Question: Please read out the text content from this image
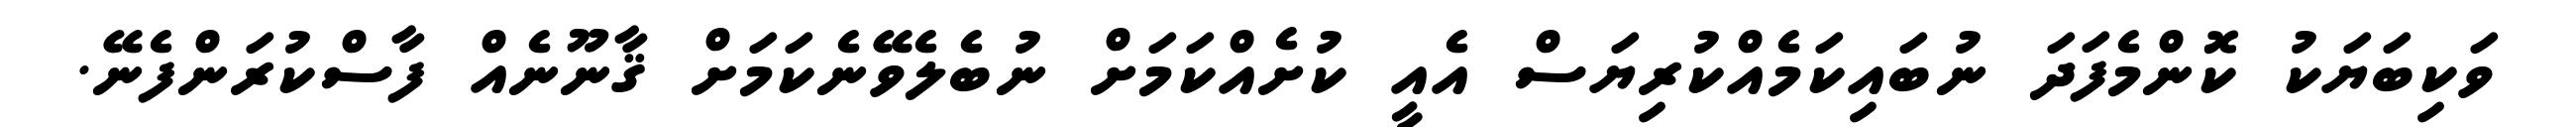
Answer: ވަކިބަޔަކު ކޮންމެފަދަ ނުބައިކަމެއްކުރިޔަސް އެއީ ކުށެއްކަމަށް ނުބެލެވޭނެކަމަށް ޤާނޫނެއް ފާސްކުރަންފެނޭ.